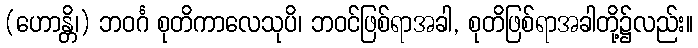
(ဟောန္တိ၊) ဘဝင်္ဂ စုတိကာလေသုပိ၊ ဘဝင်ဖြစ်ရာအခါ, စုတိဖြစ်ရာအခါတို့၌လည်း။